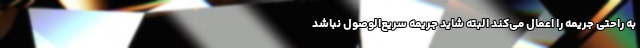
به راحتی جریمه را اعمال می‌کند البته شاید جریمه سریع‌الوصول نباشد